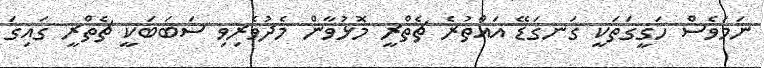
ނަމަވެސް ހަގީގަތަކީ ގަނގަޑޭ އައްތުރެ ޗެތްރީ މޮޅުވާން މެދުވެރިވި ސަބަބަކީ ޗެތްރީ ގައިގަ